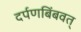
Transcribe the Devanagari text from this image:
दर्पणबिंबवत्